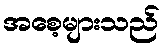
အစေ့များသည်